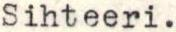
Sihteeri.